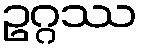
ဥဂ္ဂဿ